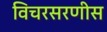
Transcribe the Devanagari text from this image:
विचरसरणीस